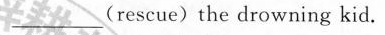
_(rescue)the drowning kid.